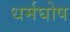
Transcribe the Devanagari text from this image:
धर्मघोष